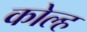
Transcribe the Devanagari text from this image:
कोल्ह